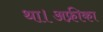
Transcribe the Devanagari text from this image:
था।अफ्रीका